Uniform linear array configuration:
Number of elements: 48
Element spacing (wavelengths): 1
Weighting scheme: kaiser
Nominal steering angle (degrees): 60
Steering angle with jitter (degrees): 61.225
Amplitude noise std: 0.05
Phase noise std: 0.05

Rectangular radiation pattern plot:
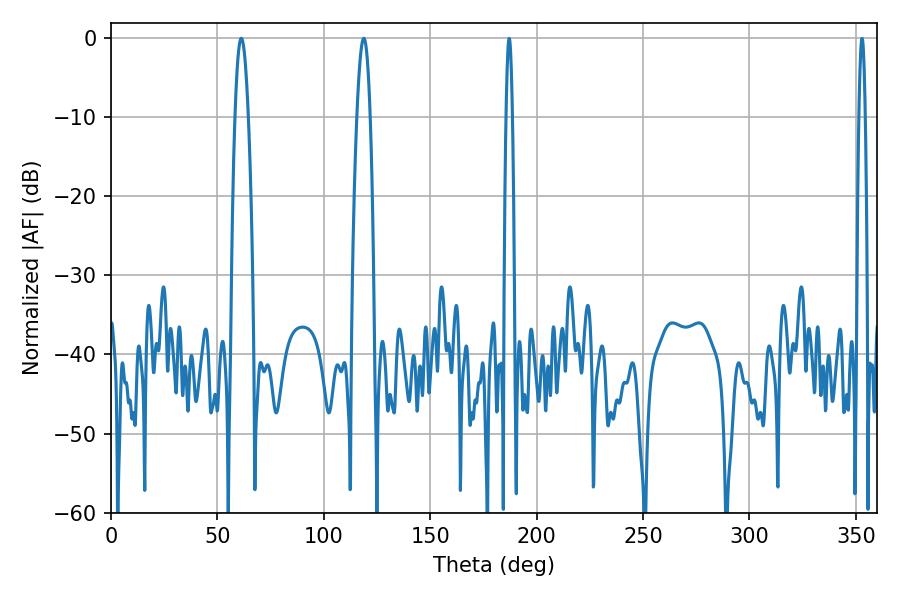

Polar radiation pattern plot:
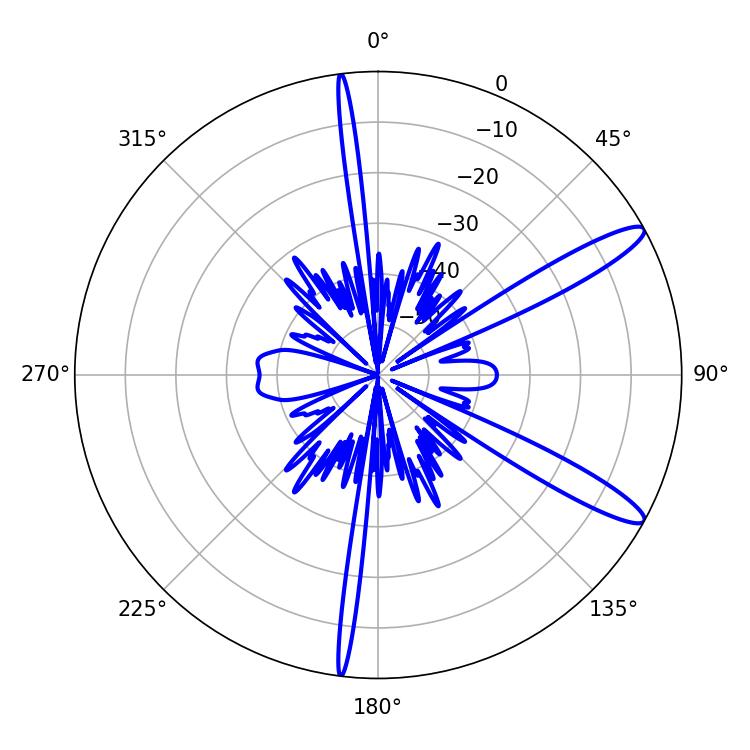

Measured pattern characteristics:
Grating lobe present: TRUE
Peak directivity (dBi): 12.732
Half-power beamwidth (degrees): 3.42
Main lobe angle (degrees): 61.2